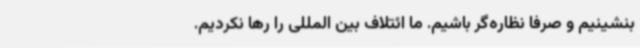
بنشینیم و صرفاً نظاره‌گر باشیم. ما ائتلاف بین المللی را رها نکردیم.